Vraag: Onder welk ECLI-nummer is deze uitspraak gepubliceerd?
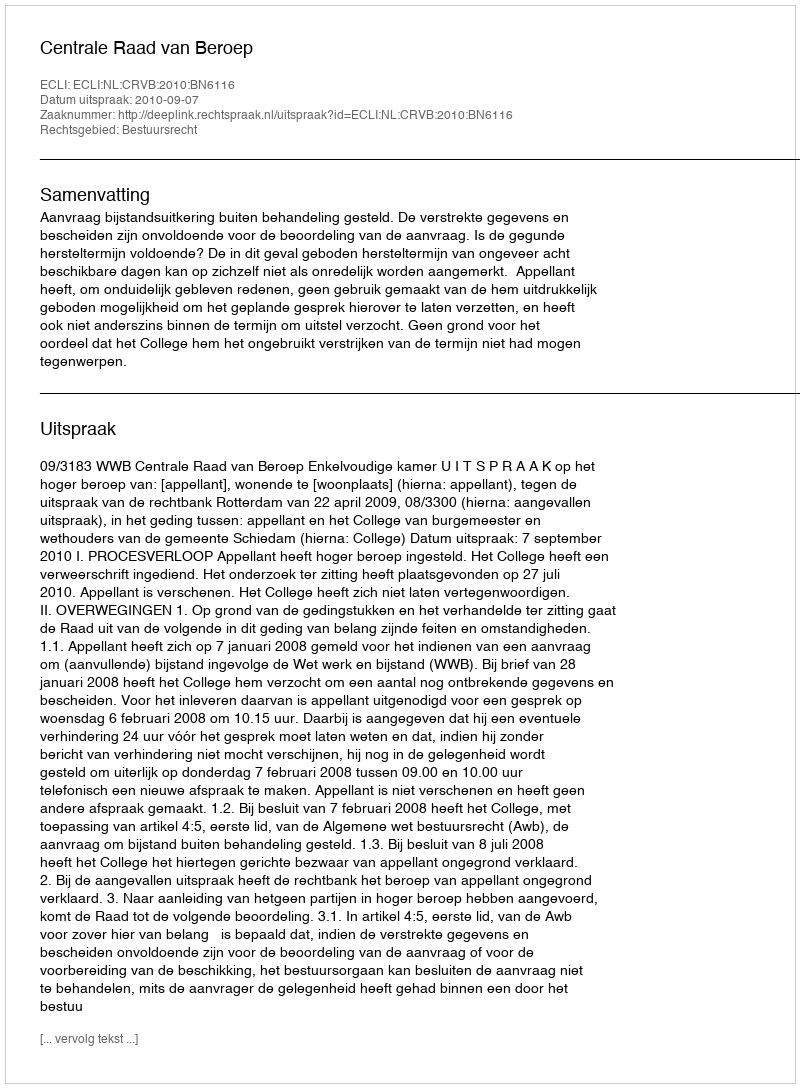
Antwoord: ECLI:NL:CRVB:2010:BN6116